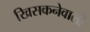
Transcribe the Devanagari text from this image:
खिसकनेवाली